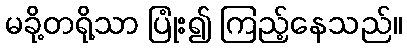
မခို့တရို့သာ ပြုံး၍ ကြည့်နေသည်။